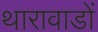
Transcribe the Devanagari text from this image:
थारावाडों